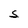
Character: S